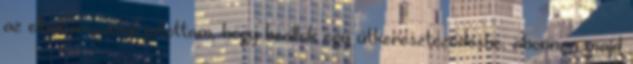
az elhatározásra jutottam, hogy beállok egy útkereszteződésbe, ahonnan majd